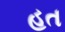
હત